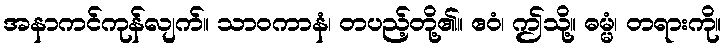
အနာကင်ကုန်လျက်။ သာဝကာနံ၊ တပည့်တို့၏။ ဧဝံ၊ ဤသို့။ ဓမ္မံ၊ တရားကို။